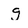
Character: g